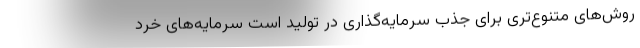
روش‌های متنوع‌تری برای جذب سرمایه‌گذاری در تولید است سرمایه‌های خرد